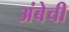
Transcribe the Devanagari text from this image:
अंबेची